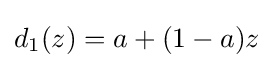
d_{1}(z)=a+(1-a)z